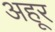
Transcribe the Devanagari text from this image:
अहूर